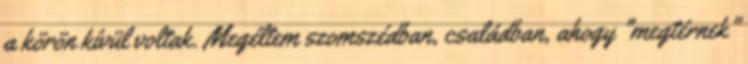
a körön kívül voltak. Megéltem szomszédban, családban, ahogy "megtérnek"